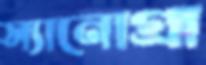
স্যানোগ্রা